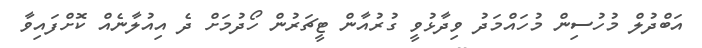
އަބްދުލް މުހުސިން މުހައްމަދު ވިދާޅުވީ ގުރުއާން ޓީޗަރުން ހޯދުމަށް ދެ އިއުލާނެއް ކޮށްފައިވާ